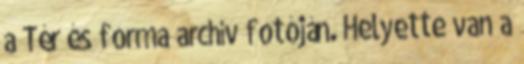
a Tér és forma archív fotóján. Helyette van a